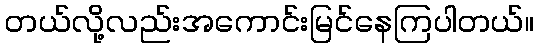
တယ်လို့လည်းအကောင်းမြင်နေကြပါတယ်။